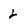
Character: L